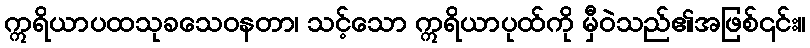
ဣရိယာပထသုခသေဝနတာ၊ သင့်သော ဣရိယာပုထ်ကို မှီဝဲသည်၏အဖြစ်၎င်း။